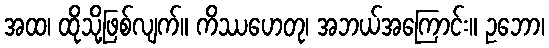
အထ၊ ထိုသို့ဖြစ်လျက်။ ကိဿဟေတု၊ အဘယ်အကြောင်း။ ဥဘော၊